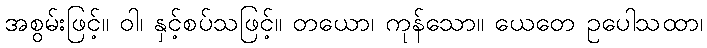
အစွမ်းဖြင့်။ ဝါ၊ နှင့်စပ်သဖြင့်။ တယော၊ ကုန်သော။ ယေတေ ဥပေါသထာ၊